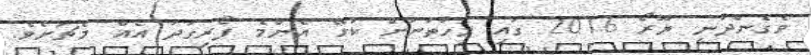
ވެގެންދާނީ ޔޫރޯ 2016 ގައި މިހާތަނަށް ކުޅޭ އެންމެ ފޯރިގަދަ އެއް މެޗަށެވެ.